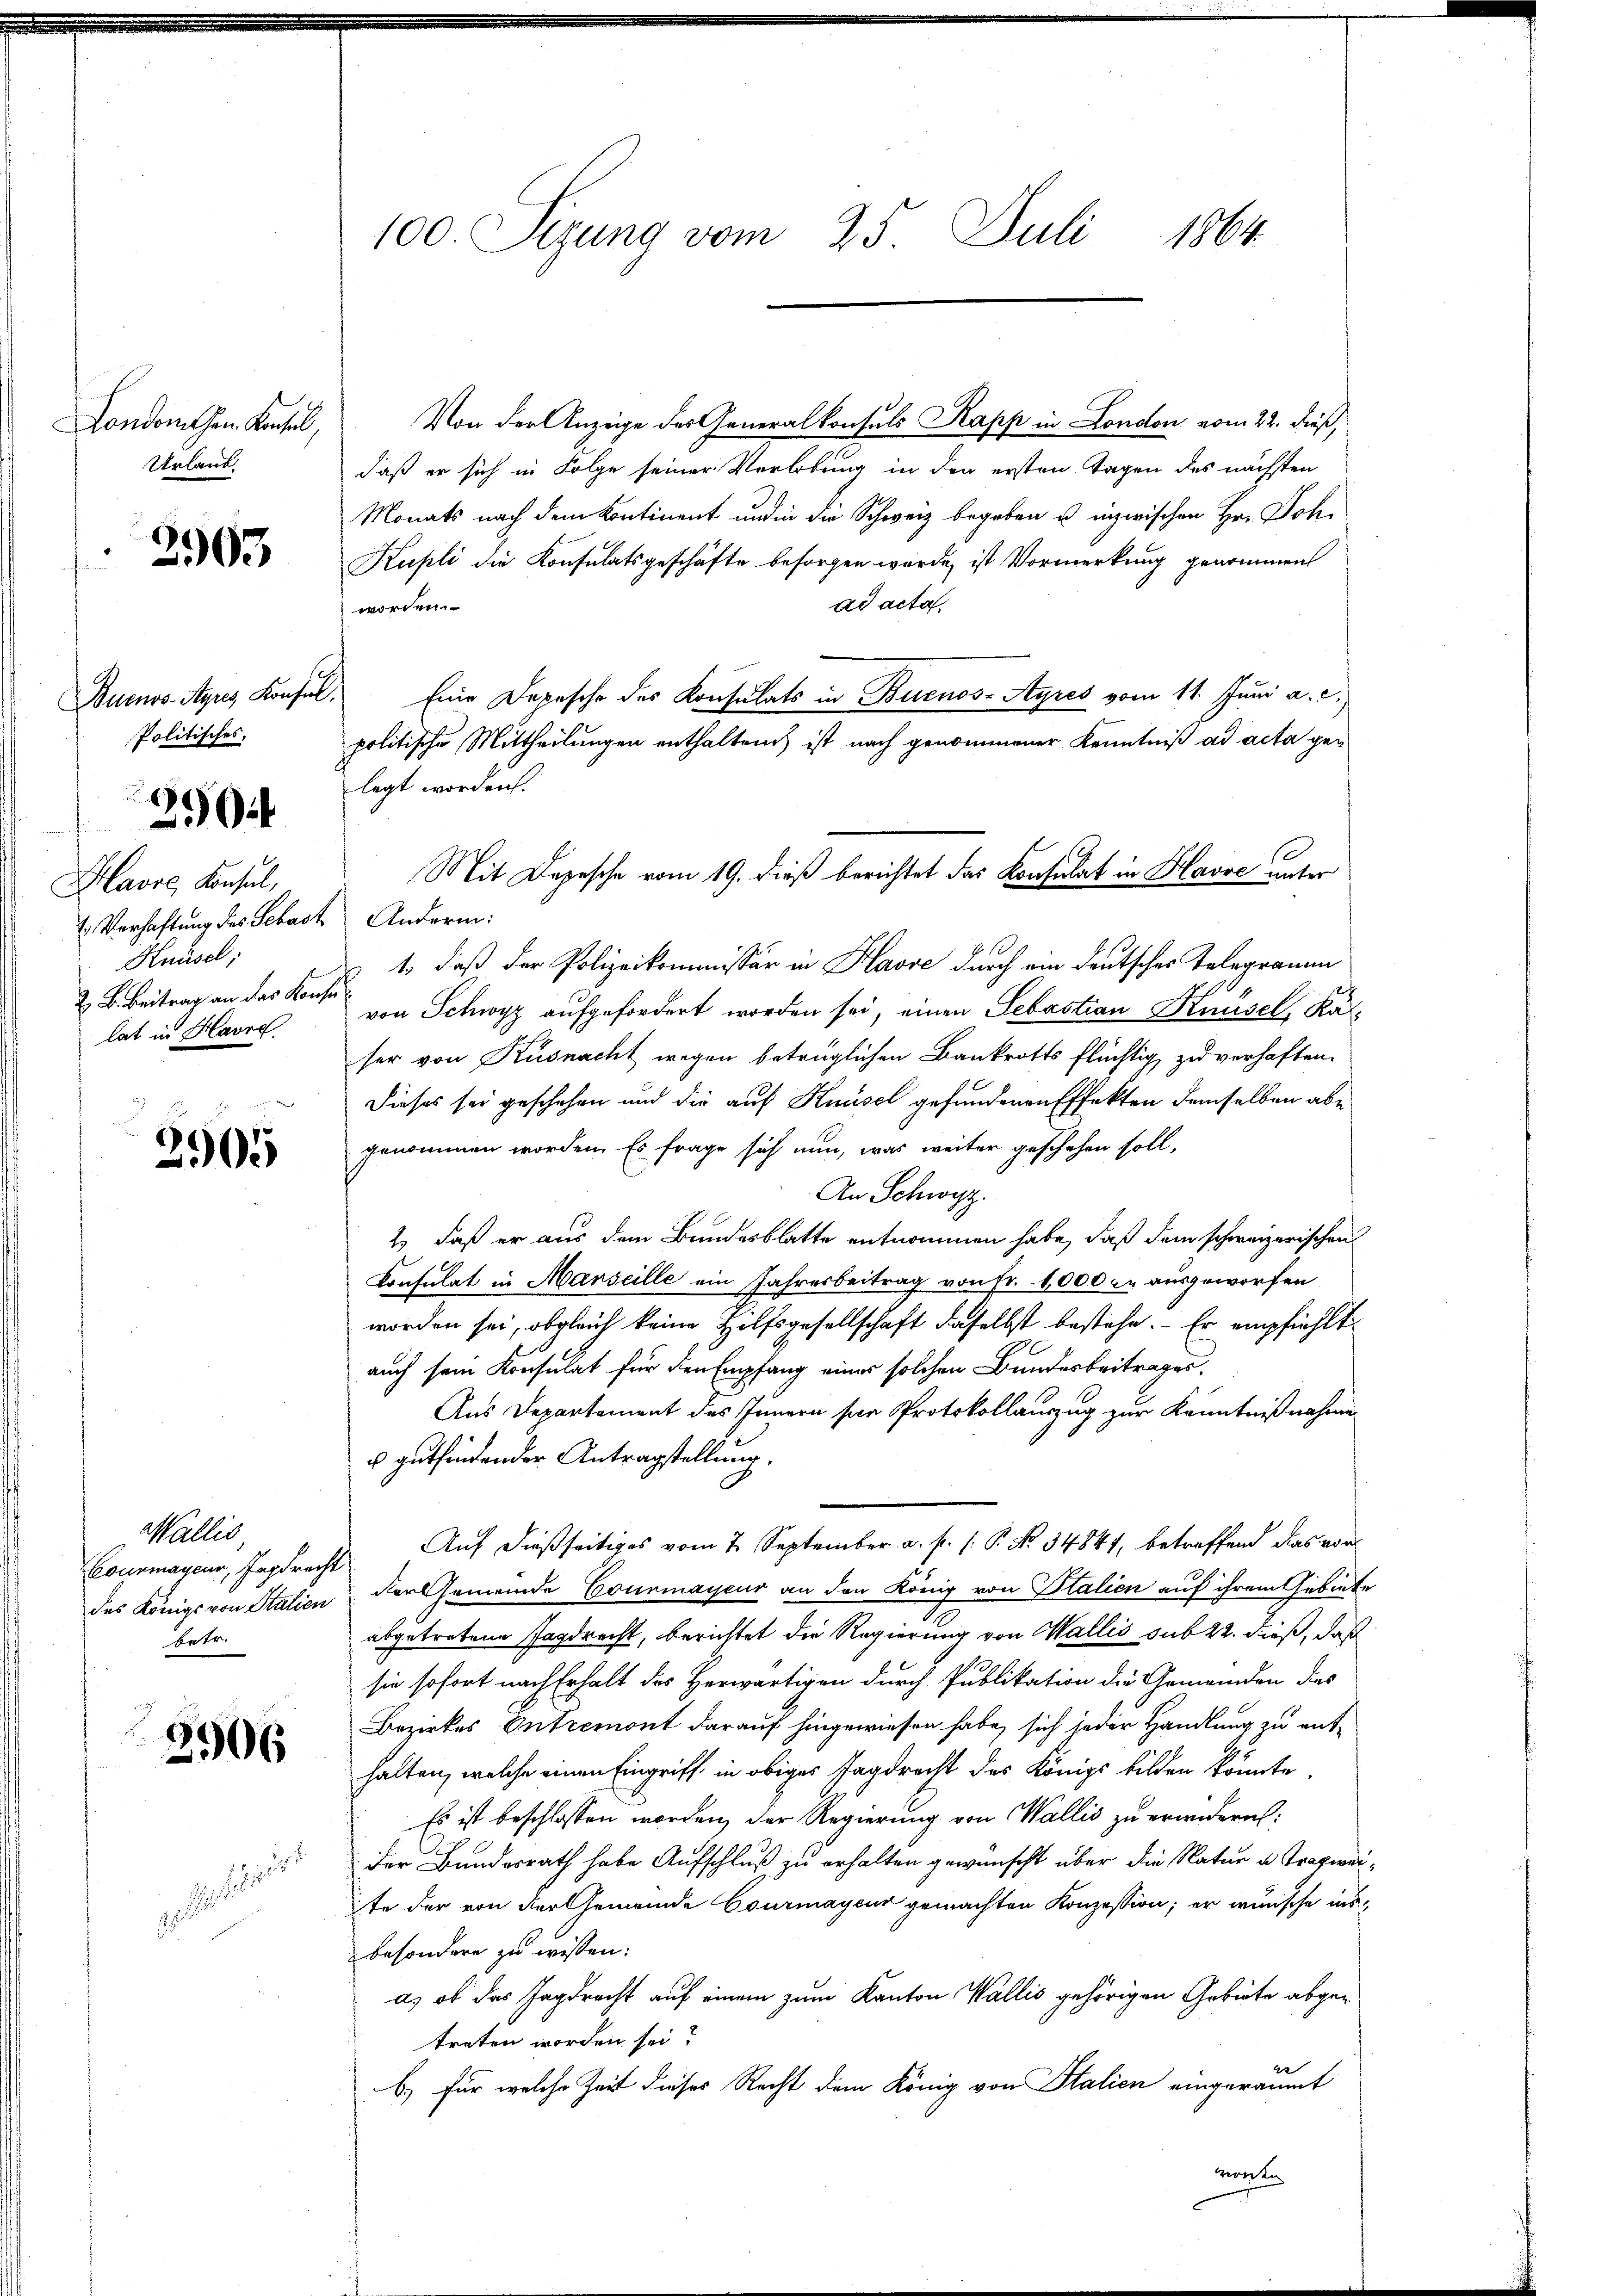
London than. Kontel,
Urlaub

2903

Politisches.

1
259.

Havre, Konsul,
1. Verhaftung des Sebast Andern:
Knüsel;
Z. B. Beitrag an das Konse
lat in Havre

2905

Wallis
betr.

2906

Von der Anzeige des Generalkonsuls Kapp in London vom 22. dieß,
daß er sich in Folge seiner Verlobung in den ersten Tagen des nächsten
Monats nach dem Kontinent und in die Schweiz begeben u. inzwischen Hr. Joh¬
Kupli die Konsulatsgeschäfte besorgen wurde, ist Vormerkung genommen
ad acta.
worden.
Buenos-Ayres Konsul, Eine Depesche des Konsulats in Buenos-Ayres vom 11. Juni a. c.,
politische Mittheilungen enthalten ist nach genommener Kenntniß ad acta gen
legt worden.
1., daß der Polizeikommissär in Kasse durch ein deutsches Telegramm
von Schwyz aufgefordert worden sei, einen Sebastian Knüsel, Kalser von Küsnacht wegen betrüglichen Bankrotts flüchtig zu verhaften.
Dieses sei geschehen und die auf Knüsel gefundenen Effekten demselben abe
genommen worden. Es frage sich nun, was weiter geschehen soll,
An Schwyz.
2.) daß er aus dem Bundesblatte entnommen habe, daß dem schweizerischen
Konsulat in Marseille ein Jahresbeitrag von Fr. 4,000 in ausgeworfen
worden sei, obgleich keine Hilfsgesellschaft daselbst bestehe. Er empfiehlt
auch sein Konsulat für den Empfang eines solchen Bundesbeitrages,
Aus Departement des Innern ser Protokollauszug zur Kenntnißnahmen
 gutfindender Antragstellung.
Courmayeur, Jagdrecht Auf dießseitiges vom 7. September a. p. s. P. Nr. 34841, betreffend das vor
des Königs von Station der Gemeinde Courmayeur an den König von Italien auf ihrem Gebiete
abgetretene Jagdrecht, berichtet die Regierung von Wallis sub 22. dieß, daß
sie sofort nach Erhalt des Herwärtigen durch Publikation die Gemeinden des
Bezirkes Entremont darauf hingewiesen habe, sich jeder Handlung zu enthalten, welche einen Eingriff, in obiges Jagdrecht des Königs bilden könnte.
Es ist beschlossen worden, der Regierung von Wallis zu erindern:
der Bundesrath habe Aufschluß zu erhalten gewünscht über die Natur u. Tragweite der von der Gemeinde Courmayeur gemachten Konzession; er wünsche insbesondere zu wissen:
a) ob das Jagdrecht auf einem zum Kanton Wallis gehörigen Gebiete abgetreten worden sei?
er
b.) Für welche Zeit dieses Recht dem König von Italien eingeräumt
monten

100. Sezung vom 25. Juli 1864

Mit Depesche vom 19. dieß berichtet das Konsulat in Havoe unter